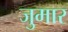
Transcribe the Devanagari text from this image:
जुमार